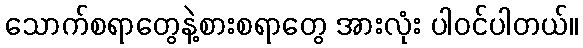
သောက်စရာတွေနဲ့စားစရာတွေ အားလုံး ပါဝင်ပါတယ်။